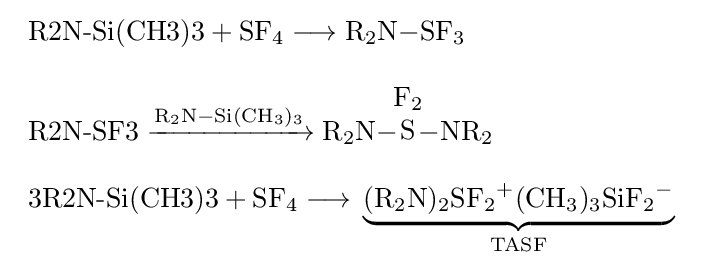
{\begin{array}{l}{{\text{R2N-Si(CH3)3}}{}+{}\mathrm {SF} {\vphantom {A}}_{\smash[{t}]{4}}{}\mathrel {\longrightarrow } {}\mathrm {R} {\vphantom {A}}_{\smash[{t}]{2}}\mathrm {N} {-}\mathrm {SF} {\vphantom {A}}_{\smash[{t}]{3}}}\\{}\\{{\text{R2N-SF3}}{}\mathrel {\xrightarrow {\mathrm {R} {\vphantom {A}}_{\smash[{t}]{2}}\mathrm {N} {-}\mathrm {Si} (\mathrm {CH} {\vphantom {A}}_{\smash[{t}]{3}}){\vphantom {A}}_{\smash[{t}]{3}}} } {}\mathrm {R} {\vphantom {A}}_{\smash[{t}]{2}}\mathrm {N} }{-}\!{\begin{matrix}{\mathrm {F} {\vphantom {A}}_{\smash[{t}]{2}}}\\{\mathrm {S} }\\{}\end{matrix}}\!{{-}\mathrm {NR} {\vphantom {A}}_{\smash[{t}]{2}}}\\{{\text{3R2N-Si(CH3)3}}{}+{}\mathrm {SF} {\vphantom {A}}_{\smash[{t}]{4}}{}\mathrel {\longrightarrow } {}\underbrace {(\mathrm {R} {\vphantom {A}}_{\smash[{t}]{2}}\mathrm {N} ){\vphantom {A}}_{\smash[{t}]{2}}\mathrm {SF} {\vphantom {A}}_{\smash[{t}]{2}}{\vphantom {A}}^{+}(\mathrm {CH} {\vphantom {A}}_{\smash[{t}]{3}}){\vphantom {A}}_{\smash[{t}]{3}}\mathrm {SiF} {\vphantom {A}}_{\smash[{t}]{2}}{\vphantom {A}}^{-}} _{\mathrm {TASF} }}\end{array}}